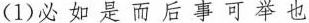
( 1 )必 如 是 而 后 事 可 举 也